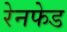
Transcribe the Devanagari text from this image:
रेनफेड